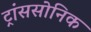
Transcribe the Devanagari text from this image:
ट्रांससोनिक